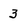
Character: 3